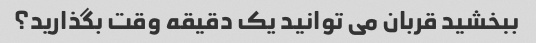
ببخشید قربان می توانید یک دقیقه وقت بگذارید؟